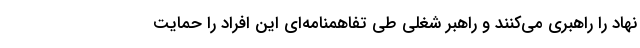
نهاد را راهبری می‌کنند و راهبر شغلی طی تفاهمنامه‌ای این افراد را حمایت